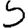
Digit: 5